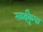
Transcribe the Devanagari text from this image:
साईंकृपा